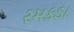
રમકડા